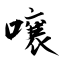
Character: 嚷